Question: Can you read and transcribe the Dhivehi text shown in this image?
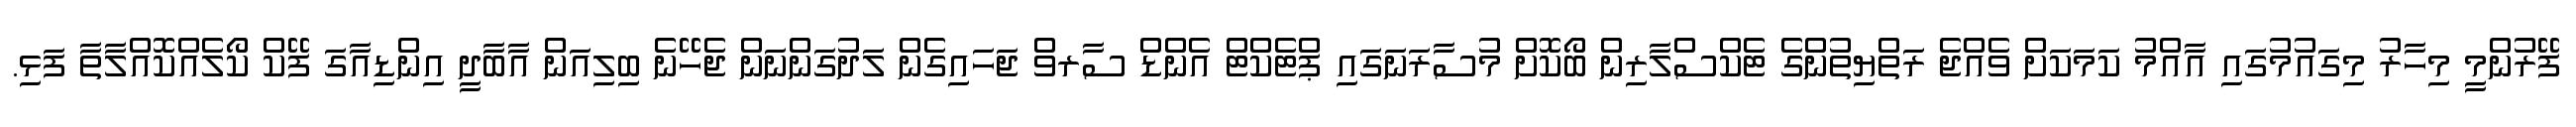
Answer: ފޭރުންމީ މިހާރު މިގައުމުގައި އާއްމު ކަމަކަށް ވެއްޖެ ރަތްޔިތުންގެ ޓެކްސްލާރިން ބޯކޮށް މުސާރަނަގައި ޕްޓެކްޓް އެންޑް ސާރވް ޖަހައިގެން ލަދުގަންނަން ޖެހޭނެ ބިލިއަން އާބާދީ އިންޑިއާގަ ފޭކް ކޯލެއްކޮއްލާތާ ފަޅި.